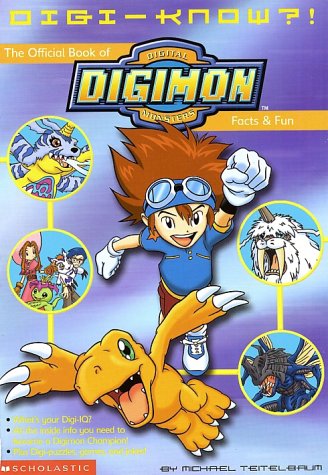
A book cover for Digi-Know?!: The Official Book of Digimon Facts, Trivia, and Fun (Digimon (Scholastic Paperback)); Michael Teitelbaum; Children's Books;